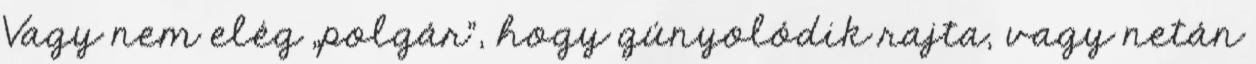
Vagy nem elég „polgár”, hogy gúnyolódik rajta, vagy netán